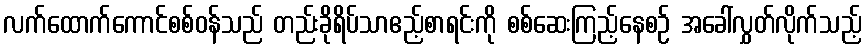
လက်ထောက်ကောင်စစ်ဝန်သည် တည်းခိုရိပ်သာဧည့်စာရင်းကို စစ်ဆေးကြည့်နေစဉ် အခေါ်လွှတ်လိုက်သည့်